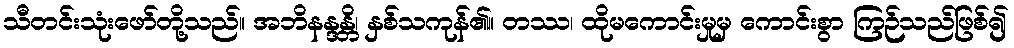
သီတင်းသုံးဖော်တို့သည်။ အဘိနန္ဒန္တိ၊ နှစ်သကုန်၏။ တဿ၊ ထိုမကောင်းမှုမှ ကောင်းစွာ ကြဉ်သည်ဖြစ်၍